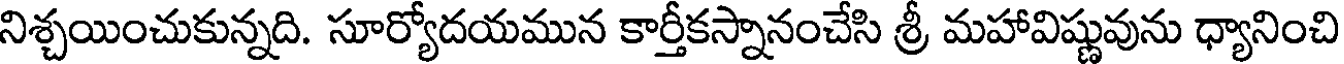
నిశ్చయించుకున్నది. సూర్యోదయమున కార్తీకస్నానంచేసి శ్రీ మహావిష్ణువును ధ్యానించి